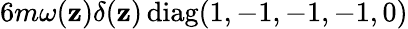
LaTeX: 6m\omega(\mathbf{z})\delta(\mathbf{z})\, \mathrm{{diag}}(1,-1,-1,-1,0)